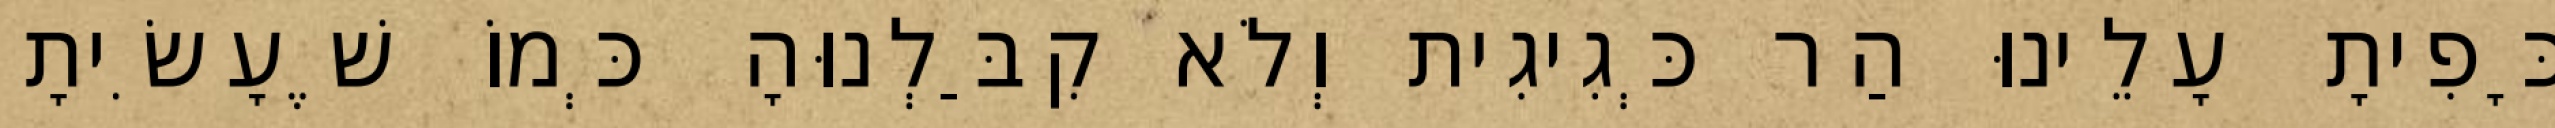
כָּפִיתָ עָלֵינוּ הַר כְּגִיגִית וְלֹא קִבַּלְנוּהָ כְּמוֹ שֶׁעָשִׂיתָ